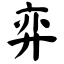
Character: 弈